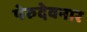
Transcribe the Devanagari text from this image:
पेरुदेवनार